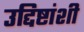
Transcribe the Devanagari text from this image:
उद्दिष्टांशी